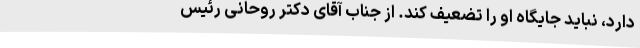
دارد، نباید جایگاه او را تضعیف کند. از جناب آقای دکتر روحانی رئیس